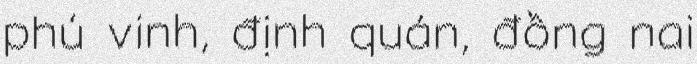
phú vinh, định quán, đồng nai